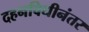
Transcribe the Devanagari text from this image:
दहनविधीनंतर